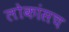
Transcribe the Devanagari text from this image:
लोकांसच